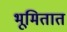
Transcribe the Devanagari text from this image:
भूमितात